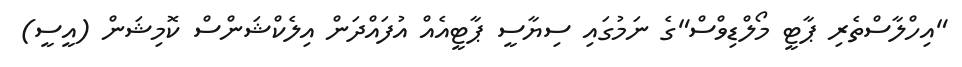
"އިހްލާސްތެރި ޕާޓީ މޯލްޑިވްސް"ގެ ނަމުގައި ސިޔާސީ ޕާޓީއެއް އުފައްދަން އިލެކްޝަންސް ކޮމިޝަން (އީސީ)